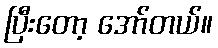
ပြီးတော့ အော်တယ်။